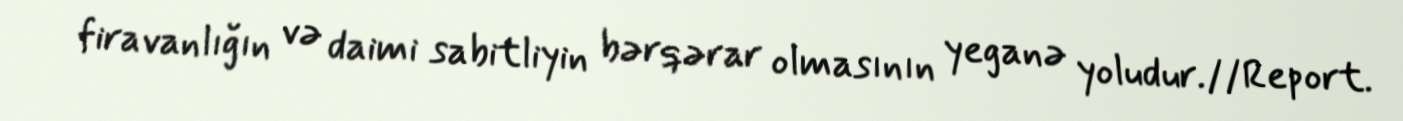
firavanlığın və daimi sabitliyin bərqərar olmasının yeganə yoludur.//Report.